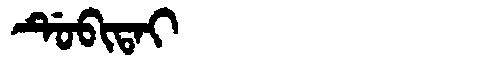
Manchu: ᡩᡠᠪᡳᡨᠠᡳ
Romanization: DUBITAI